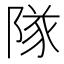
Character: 隊